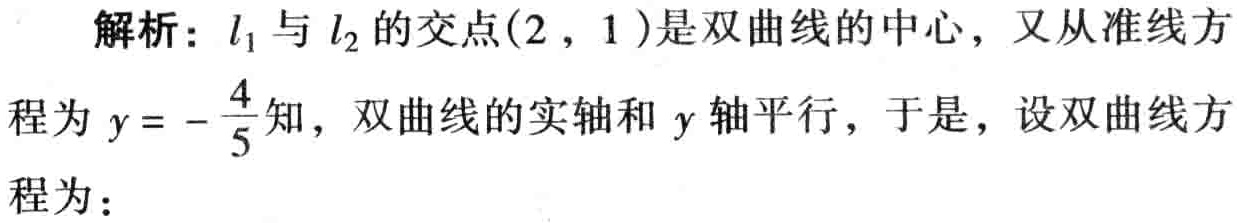
解析：\(l_{1}\)与\(l_{2}\)的交点\((2,1)\)是双曲线的中心，又从准线方程为\(y = -\frac{4}{5}\)知，双曲线的实轴和\(y\)轴平行，于是，设双曲线方程为：